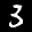
Label: 3